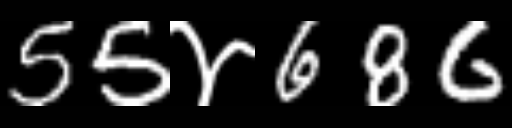
Text: 55४686